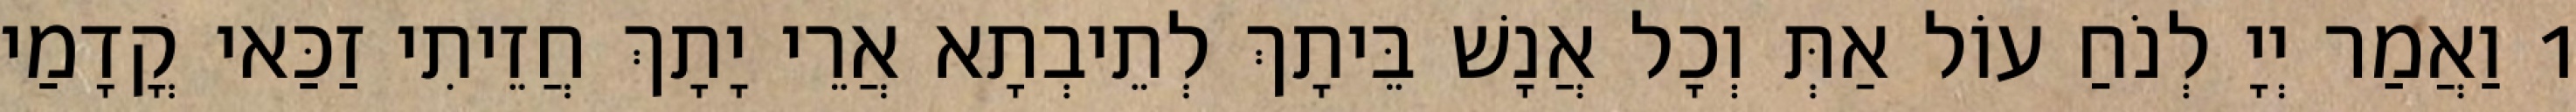
1 וַאֲמַר יְיָ לְנֹחַ עוֹל אַתְּ וְכָל אֲנָשׁ בֵּיתָךְ לְתֵיבְתָא אֲרֵי יָתָךְ חֲזֵיתִי זַכַּאי קֳדָמַי